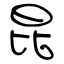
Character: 昆